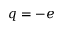
q = - e